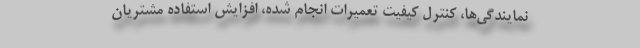
نمایندگی‌ها، کنترل کیفیت تعمیرات انجام شده، افزایش استفاده مشتریان